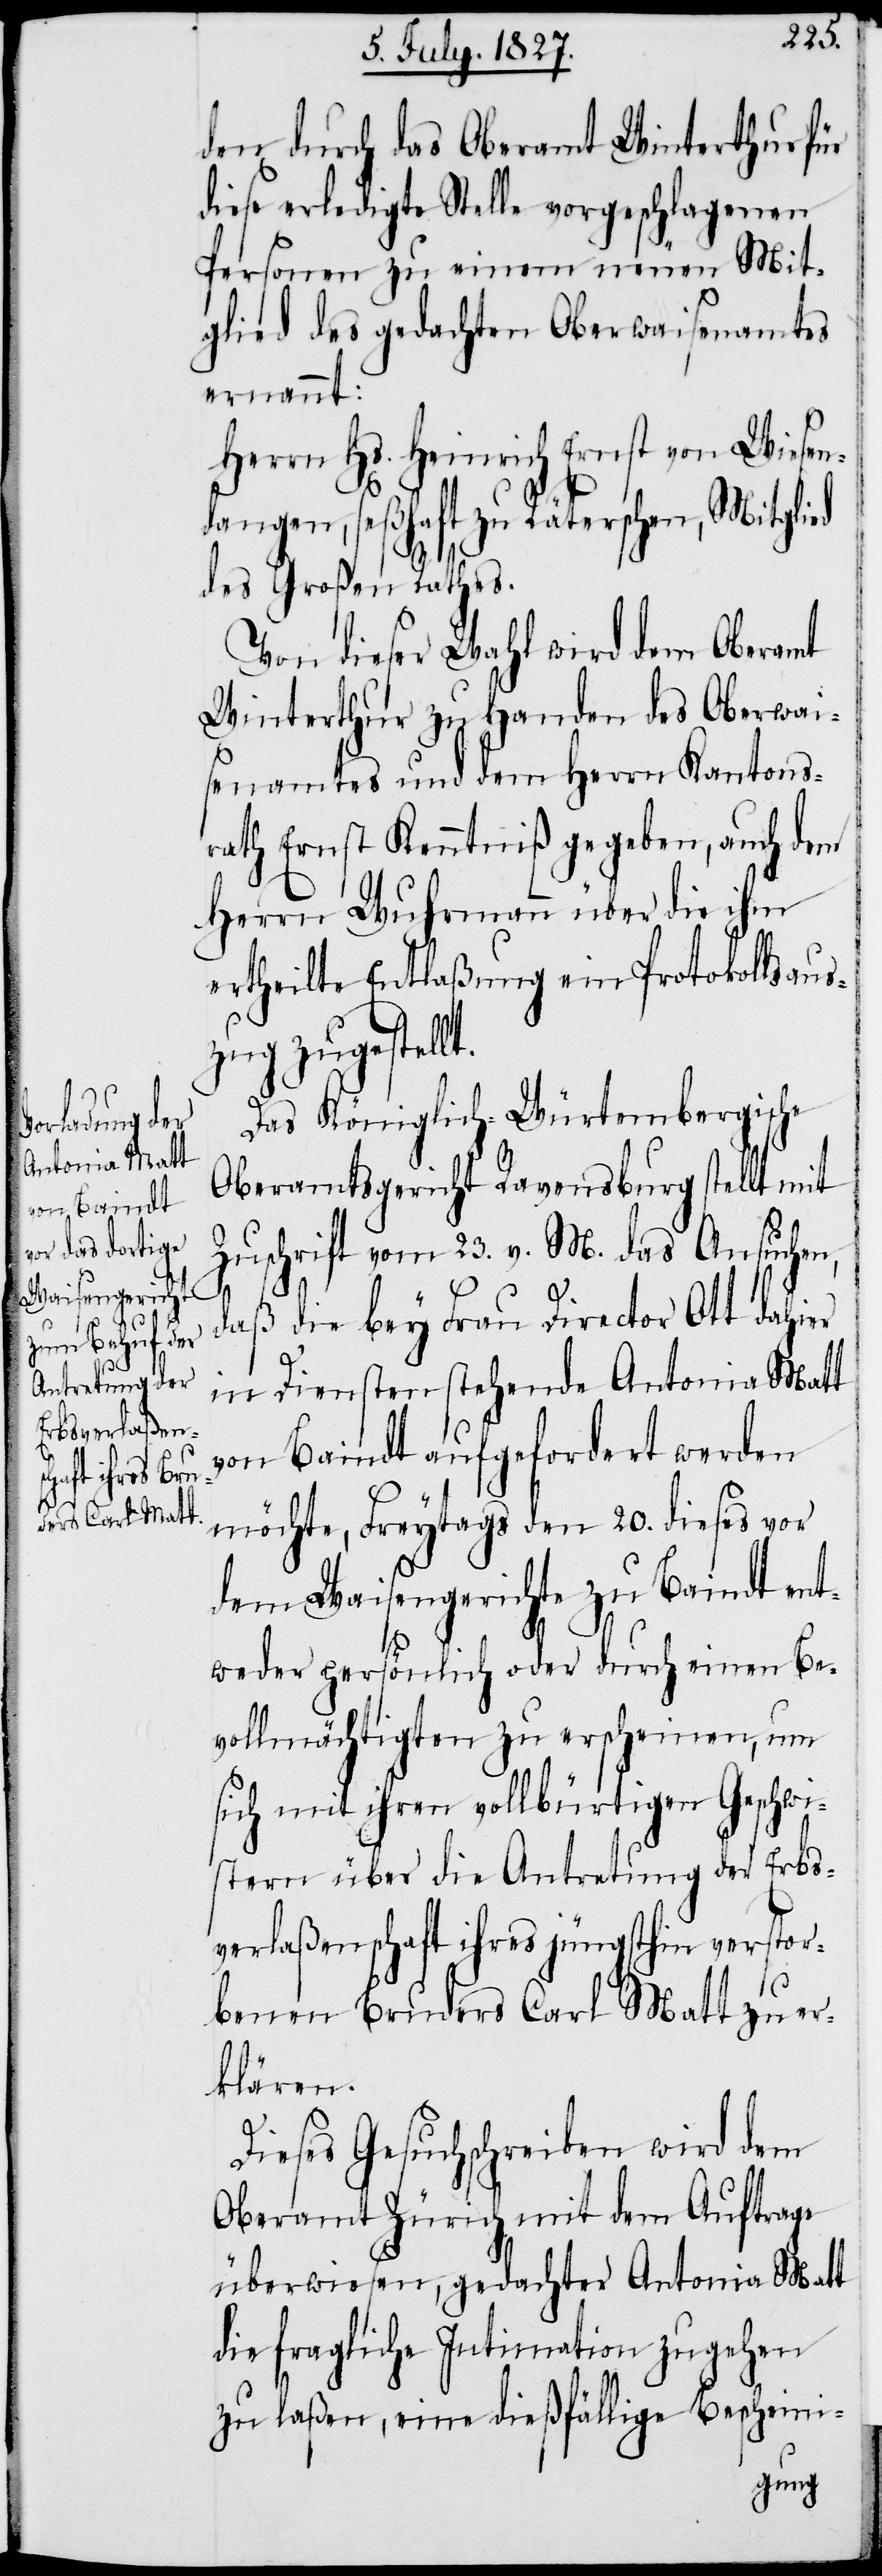
den durch das Oberamt Winterthur für
diese erledigte Stelle vorgeschlagenen
Personen zu einem neuen Mit¬
glied des gedachten Oberwaisenamtes
ernannt:
Herrn Hs. Heinrich Ernst von Wiesen¬
dangen, seßhaft zu Räterschen, Mitglied
t.
des Großen Raths.
Von dieser Wahl wird dem Oberamt
Winterthur zu Handen des Oberwai¬
senamtes und dem Herrn Kantons¬
rath Ernst Kenntniß gegeben, auch dem
Herrn Wuhrmann über die ihm
ertheilte Entlaßung ein Protokollaus¬
zug erstell¬
Das Königlich-Würtembergische
Oberamtsgericht Ravensburg stellt mit
Zuschrift vom 23. v. M. das Ansuchen,
daß die bey Frau Director Ott dahier
in Diensten stehende Antonia Matt
von Baindt aufgefordert werden
möchte, Freytags den 20. dieses vor
dem Waisengerichte zu Baindt ent¬
weder persönlich oder durch einen Be¬
vollmächtigten zu erscheinen, um
sich mit ihren vollbürtigen Geschwi¬
stern über die Antretung der Erbs¬
verlaßenschaft ihres jüngsthin verstor¬
benen Bruders Carl Matt zu er¬
klären.
Dieses Gesuchschreiben wird dem
Oberamt Zürich mit dem Auftrage
überwiesen, gedachter Antonia Matt
die fragliche Intimation zugehen
zu laßen, eine dießfällige Bescheini-